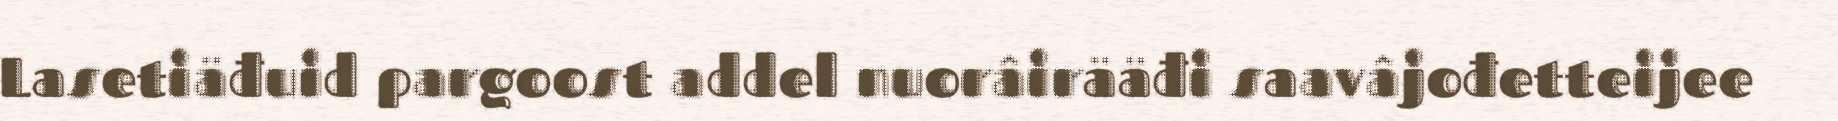
Lasetiäđuid pargoost addel nuorâirääđi saavâjođetteijee